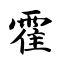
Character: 霍